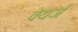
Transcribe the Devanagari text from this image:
वेयर्ज